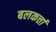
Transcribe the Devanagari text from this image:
बलकर्त्ता